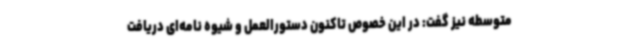
متوسطه نیز گفت: در این خصوص تاکنون دستورالعمل و شیوه نامه‌ای دریافت